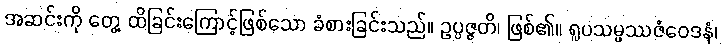
အဆင်းကို တွေ့ ထိခြင်းကြောင့်ဖြစ်သော ခံစားခြင်းသည်။ ဥပ္ပဇ္ဇတိ၊ ဖြစ်၏။ ရူပသမ္ဖဿဇံဝေဒနံ၊